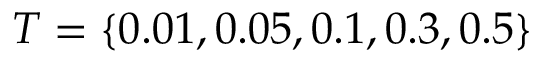
T = \{ 0 . 0 1 , 0 . 0 5 , 0 . 1 , 0 . 3 , 0 . 5 \}